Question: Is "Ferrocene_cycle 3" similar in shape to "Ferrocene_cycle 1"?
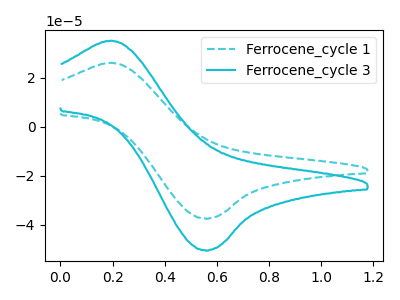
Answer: <think>The cyan dashed curve "Ferrocene_cycle 1" has an anodic peak at (0.20V, 26.10uA) and a cathodic peak at (0.55V, -37.50uA). The cyan curve "Ferrocene_cycle 3" has an anodic peak at (0.20V, 35.10uA) and a cathodic peak at (0.55V, -50.45uA).
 All the peaks in "Ferrocene_cycle 3" have a peak in "Ferrocene_cycle 1" at the same potential. Every peak in "Ferrocene_cycle 3" is higher than every peak in "Ferrocene_cycle 1".</think>
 <answer>"Ferrocene_cycle 3" and "Ferrocene_cycle 1" are similar in shape.</answer>
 <eval>same_shape</eval>